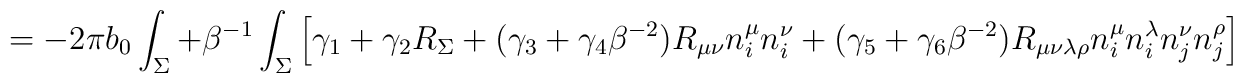
=-2\pi b_0\int_{\Sigma}+\beta ^{-1}\int_{\Sigma}\left[\gamma _1 + \gamma _2 R_{\Sigma}+(\gamma _3  +  \gamma _4 \beta ^{-2}) R_{\mu\nu}n^{\mu}_in^{\nu}_i+(\gamma _5 + \gamma _6 \beta ^{-2})R_{\mu\nu\lambda\rho}n^{\mu}_in^{\lambda}_in^{\nu}_jn^{\rho}_j\right]~~~